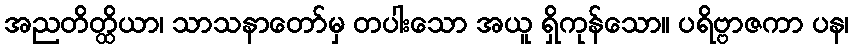
အညတိတ္ထိယာ၊ သာသနာတော်မှ တပါးသော အယူ ရှိကုန်သော။ ပရိဗ္ဗာဇကာ ပန၊